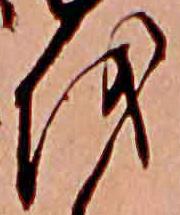
を